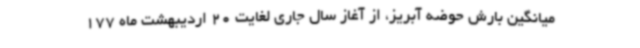
میانگین بارش حوضه آبریز، از آغاز سال جاری لغایت 20 اردیبهشت ماه 177